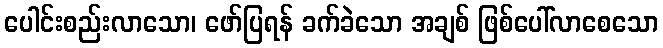
ပေါင်းစည်းလာသော၊ ဖော်ပြရန် ခက်ခဲသော အချစ် ဖြစ်ပေါ်လာစေသော